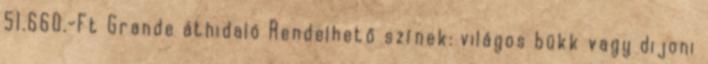
51.660.-Ft Grande áthidaló Rendelhető színek: világos bükk vagy dijoni